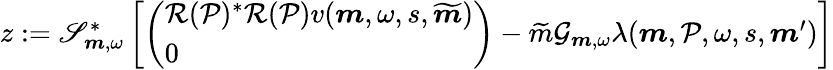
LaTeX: \begin{array}{r}{z:=\mathscr{S}_{\boldsymbol{m},\omega}^{*}\left[\left(\begin{array}{l}{{\mathcal R}(\mathcal{P})^{*}{\mathcal R}(\mathcal{P})v(\boldsymbol{m},\omega,s,\widetilde{\boldsymbol{m}})}\\ {0}\end{array}\right)-\widetilde{m}\mathcal{G}_{\boldsymbol{m},\omega}\lambda(\boldsymbol{m},\mathcal{P},\omega,s,\boldsymbol{m}^{\prime})\right]}\end{array}